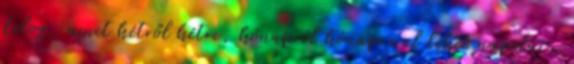
dolog, amit hétről hétre, hónapról hónapra el lehet napolni,